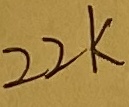
Text: 22K